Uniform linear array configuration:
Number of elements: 4
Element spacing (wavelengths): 0.25
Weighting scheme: cosine
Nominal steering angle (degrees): -60
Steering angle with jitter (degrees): -60.954
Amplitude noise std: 0.05
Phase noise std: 0.05

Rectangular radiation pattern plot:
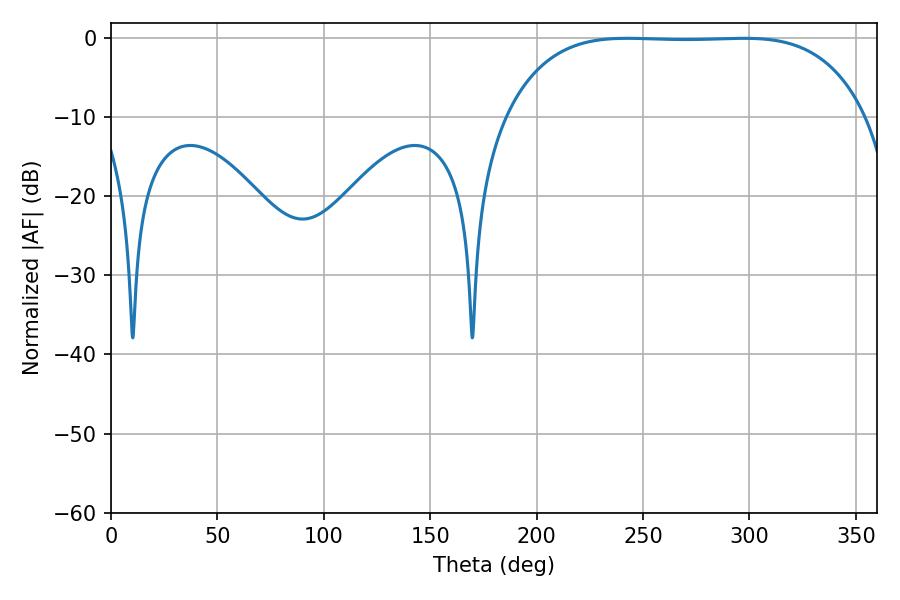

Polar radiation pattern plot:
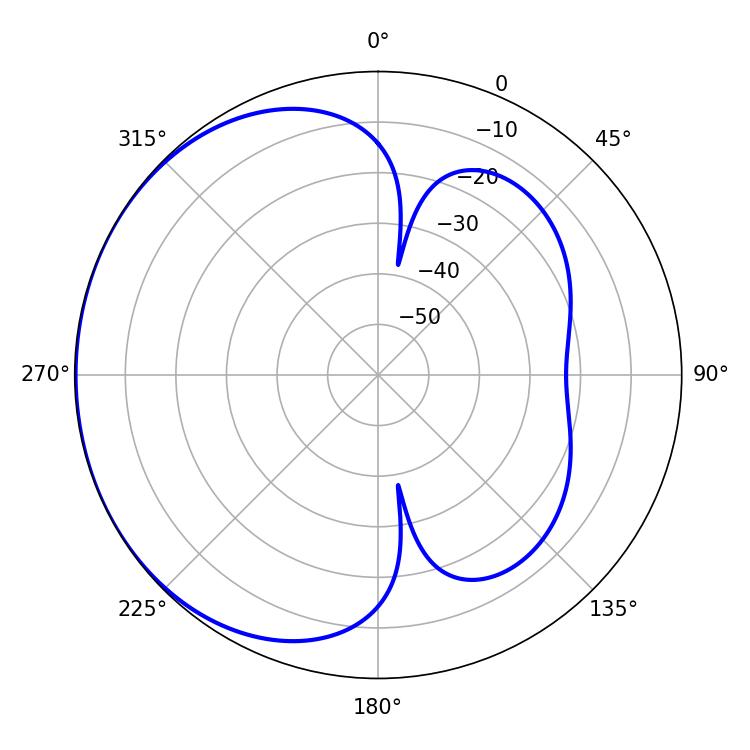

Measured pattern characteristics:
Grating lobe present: FALSE
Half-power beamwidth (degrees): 131.04
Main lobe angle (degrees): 242.64